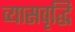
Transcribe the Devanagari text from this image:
व्यासवृद्धि